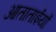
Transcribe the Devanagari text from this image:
आताताईयों